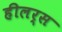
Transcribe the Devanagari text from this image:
हीलर्स